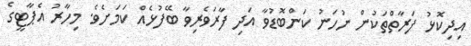
އިދިކޮޅު ފަރާތްތަކުން ނުހަނު ކަންބޮޑުވާ އަދި ފާރަވެރިވާ ބޭފުޅެއް ކަމަށެވެ. މިހާރު އެޕާޓީގެ